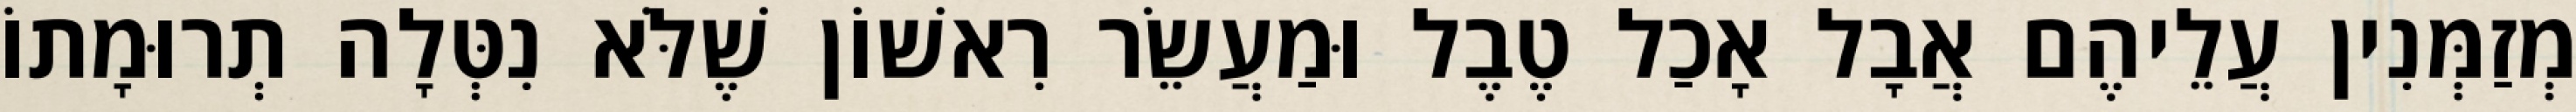
מְזַמְּנִין עֲלֵיהֶם אֲבָל אָכַל טֶבֶל וּמַעֲשֵׂר רִאשׁוֹן שֶׁלֹּא נִטְּלָה תְרוּמָתוֹ